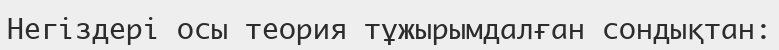
Негіздері осы теория тұжырымдалған сондықтан: